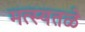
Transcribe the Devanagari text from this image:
मत्स्यतळे